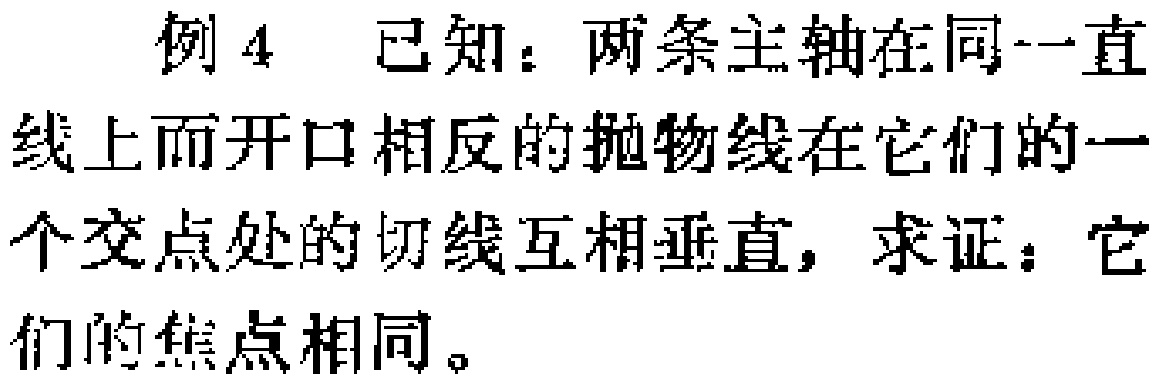
例 4 已知：两条主轴在同一直线上而开口相反的抛物线在它们的一个交点处的切线互相垂直，求证：它们的焦点相同。